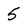
Character: 5